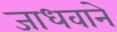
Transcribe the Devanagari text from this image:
जाधवाने